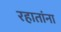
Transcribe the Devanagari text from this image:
रहातांना